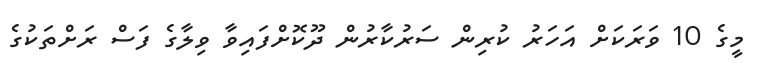
މީގެ 10 ވަރަކަށް އަހަރު ކުރިން ސަރުކާރުން ދޫކޮށްފައިވާ ވިލާގެ ފަސް ރަށްތަކުގެ